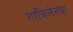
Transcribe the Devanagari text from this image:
गायिलेल्या